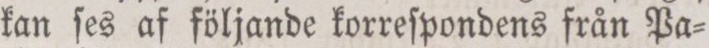
kan ſes af följande korreſpondens från Pa=